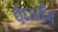
ઉદારદિલ